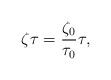
\begin{align*}\zeta \tau=\frac{\zeta _{0}}{\tau _{0}} \tau,\end{align*}